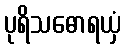
ပုရိသဓောရယှံ